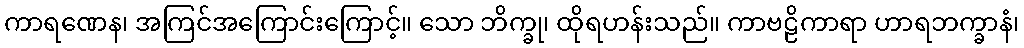
ကာရဏေန၊ အကြင်အကြောင်းကြောင့်။ သော ဘိက္ခု၊ ထိုရဟန်းသည်။ ကာဗဠိကာရာ ဟာရဘက္ခာနံ၊